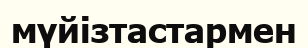
мүйізтастармен